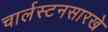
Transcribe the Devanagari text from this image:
चार्लस्टनसारखे